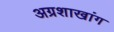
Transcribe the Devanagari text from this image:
अग्रशाखांग